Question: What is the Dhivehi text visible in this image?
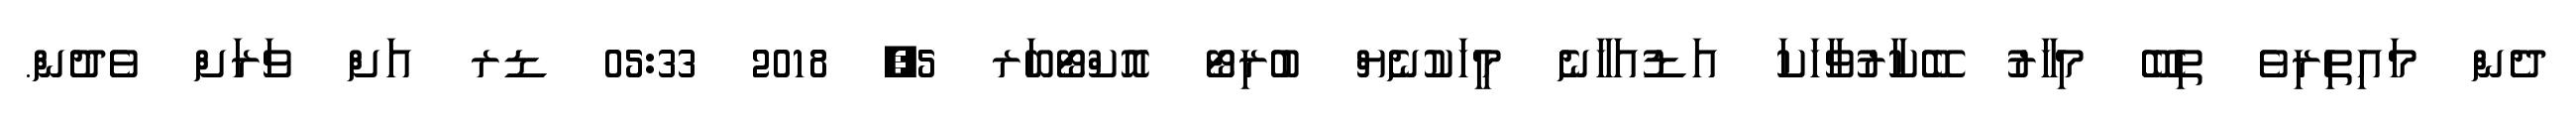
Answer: ދެން މައިތިރިވެ ތިބޭ މިހާރު ބޭކާރުވާހަކަ އަޑުއަހާނެ މީހަކުނެޔް ބުރިޓޯ އޮކްޓޯބަރ 5, 2018 05:33 ޑރ އަށް ވަރަށް ވެދުން.